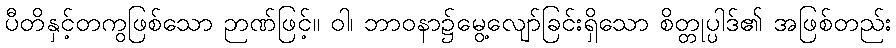
ပီတိနှင့်တကွဖြစ်သော ဉာဏ်ဖြင့်။ ဝါ၊ ဘာဝနာ၌မွေ့လျော်ခြင်းရှိသော စိတ္တုပ္ပါဒ်၏ အဖြစ်တည်း